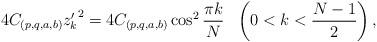
LaTeX: \begin{align*}4C_{(p, q,a,b)}{z'_k}^2=4C_{(p, q,a,b)}\cos^2\frac{\pi k}{N}\ \ \left(0<k<\frac{N-1}{2}\right),\end{align*}